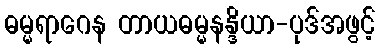
ဓမ္မရာဂေန တာယဓမ္မနန္ဒိယာ-ပုဒ်အဖွင့်